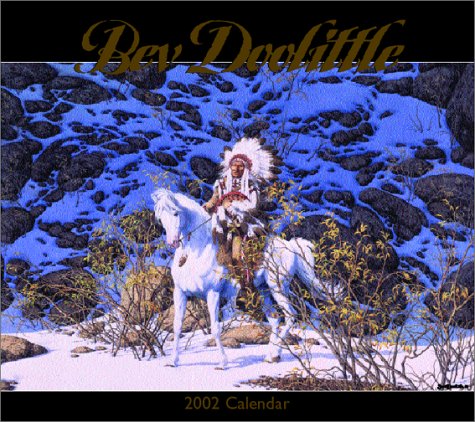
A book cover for The Bev Doolittle 2002 Wall Calendar; Bev Doolittle; Calendars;